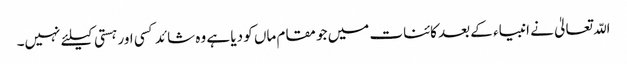
اللّہ تعالیٰ نے انبیاء کے بعد کائنات میں جو مقام ماں کو دیا ہے وہ شائد کسی اور ہستی کیلئے نہیں۔